King Institute of Preventive Medicine Micro-Biological Section reports 1912-19
Year: 1912
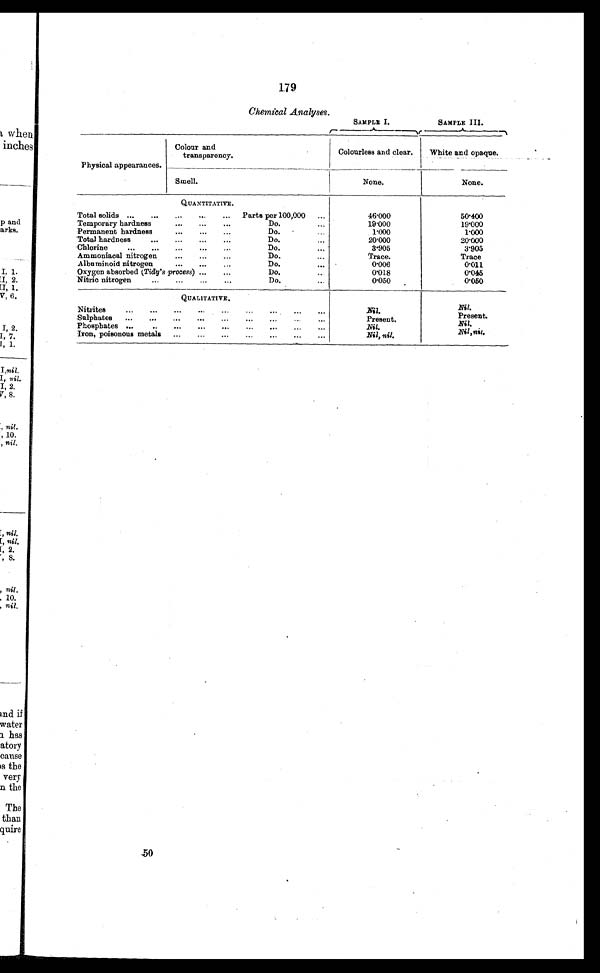
179
Chemical Analyses.
SAMPLE I.
SAMPLE III.
Physical appearances.
Colour and
transparency.
Colourless and clear.
White and opaque.
Smell.
None.
None.
QUANTITATIVE.
Total solids ...
...
...
...
...
Parts per 100,000
...
46.000
50.400
Temporary hardness
...
...
...
Do.
...
19.000
19.000
Permanent hardness
...
...
...
Do.
1.000
1.000
Total hardness
...
...
Do.
20.000
20.000
Chlorine
...
...
...
...
...
Do.
3.905
3.905
Ammoniacal nitrogen
...
...
...
Do.
...
Trace.
Trace
Albuminoid nitrogen
...
...
...
Do.
. . . .
0.006
0.011
Oxygen absorbed (Tidy's process) ...
...
Do.
0.018
0.0455
Nitric nitrogen
...
...
...
...
Do.
...
0.050
0.050
QUALITATIVE.
Nitrites
...
...
...
...
—
...
. . .
Nil.
Nil.
Sulphates
...
...
...
."
...
...
...
...
...
Present.
Present.
Phosphates
Nil.
Nil.
Iron, poisonous metals
...
."
...
...
...
...
...
...
...
...
Nil, nil.
Nil,nil.
50